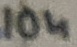
Text: 10n